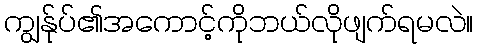
ကျွန်ုပ်၏အကောင့်ကိုဘယ်လိုဖျက်ရမလဲ။